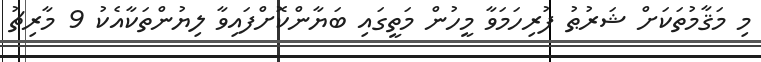
މި މަޤާމުތަކަށް ޝަރުޠު ފުރިހަމަވާ މީހުން މަތީގައި ބަޔާންކޮށްފައިވާ ލިޔުންތަކާއެކު 9 މާރިޗު